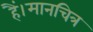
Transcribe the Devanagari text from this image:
हैं।मानचित्र